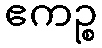
ဧကဉ္စ